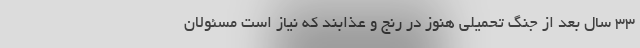
33 سال بعد از جنگ تحمیلی هنوز در رنج و عذابند که نیاز است مسئولان